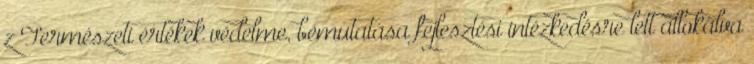
z Természeti értékek védelme, bemutatása fejlesztési intézkedésre lett allokálva